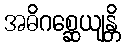
အဓိဂစ္ဆေယျန္တိ